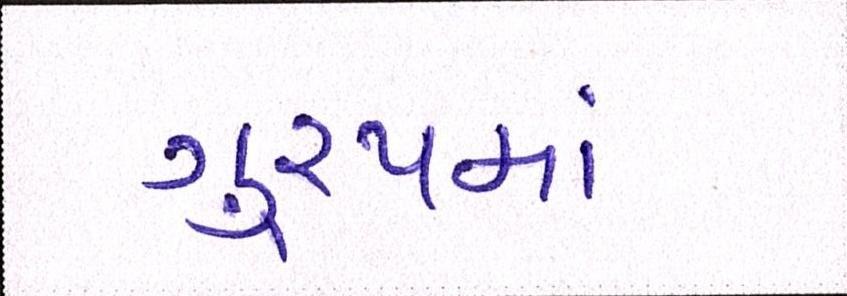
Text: ગુ્રપમાં